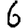
Digit: 6